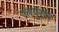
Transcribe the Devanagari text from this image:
ज़रयुस्त्री